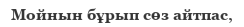
Мойнын бұрып сөз айтпас,